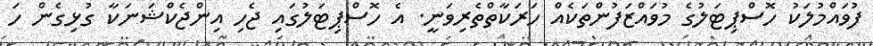
ފުވައްމުލަކު ހޮސްޕިޓަލުގެ މުވައްޒަފުންތަކެއް ހަރަކާތްތެރިވަނީ. އެ ހޮސްޕިޓަލުގައި ޖެހި އިންޖެކްޝަނަކާ ގުޅިގެން ހަ